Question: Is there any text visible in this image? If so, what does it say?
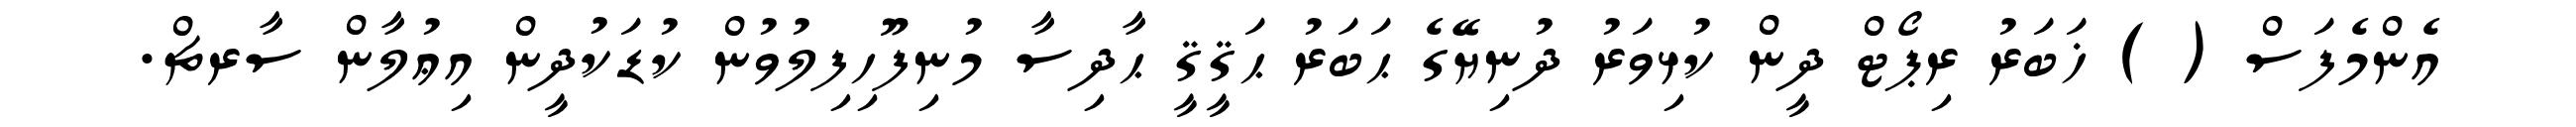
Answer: އެންމެފަސް ( ) ޚަބަރު ރިޕޯޓް ދީން ކުޅިވަރު ދުނިޔޭގެ ޙަބަރު ޙަޤީޤީ ޙާދިސާ މުނިފޫހިފިލުވުން ކުޑަކުދީން އިޢުލާން ސާރޗް.